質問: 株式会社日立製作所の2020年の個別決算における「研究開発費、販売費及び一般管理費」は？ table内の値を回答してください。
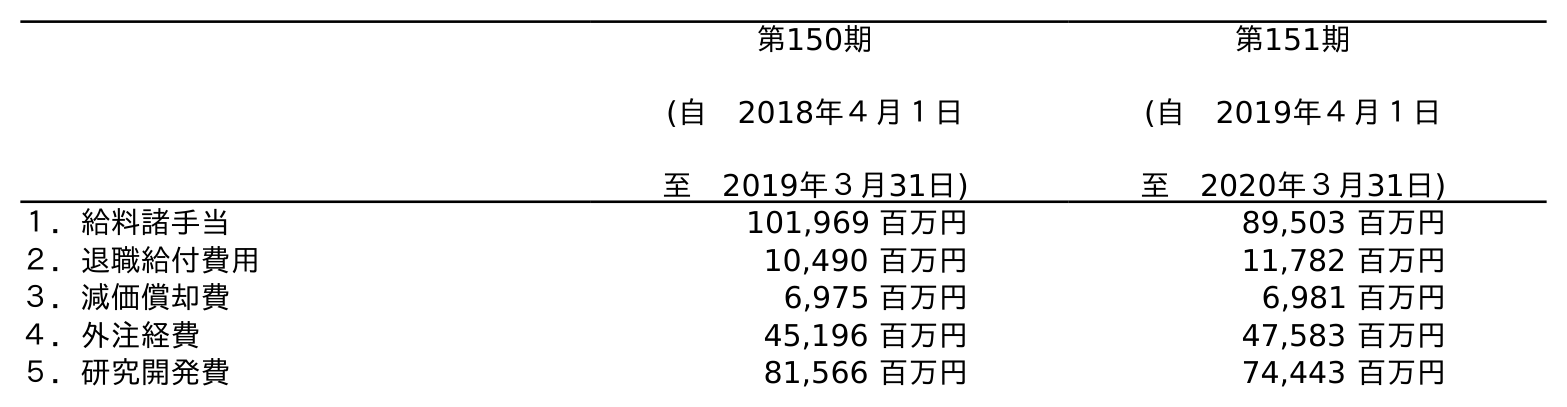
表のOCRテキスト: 第150期 (自 2018年４月１日 至 2019年３月31日) 第151期 (自 2019年４月１日 至 2020年３月31日) １．給料諸手当 101,969 百万円 89,503 百万円 ２．退職給付費用 10,490 百万円 11,782 百万円 ３．減価償却費 6,975 百万円 6,981 百万円 ４．外注経費 45,196 百万円 47,583 百万円 ５．研究開発費 81,566 百万円 74,443 百万円
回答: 74,443百万円